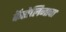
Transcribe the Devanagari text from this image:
कॅरोलिनाचा